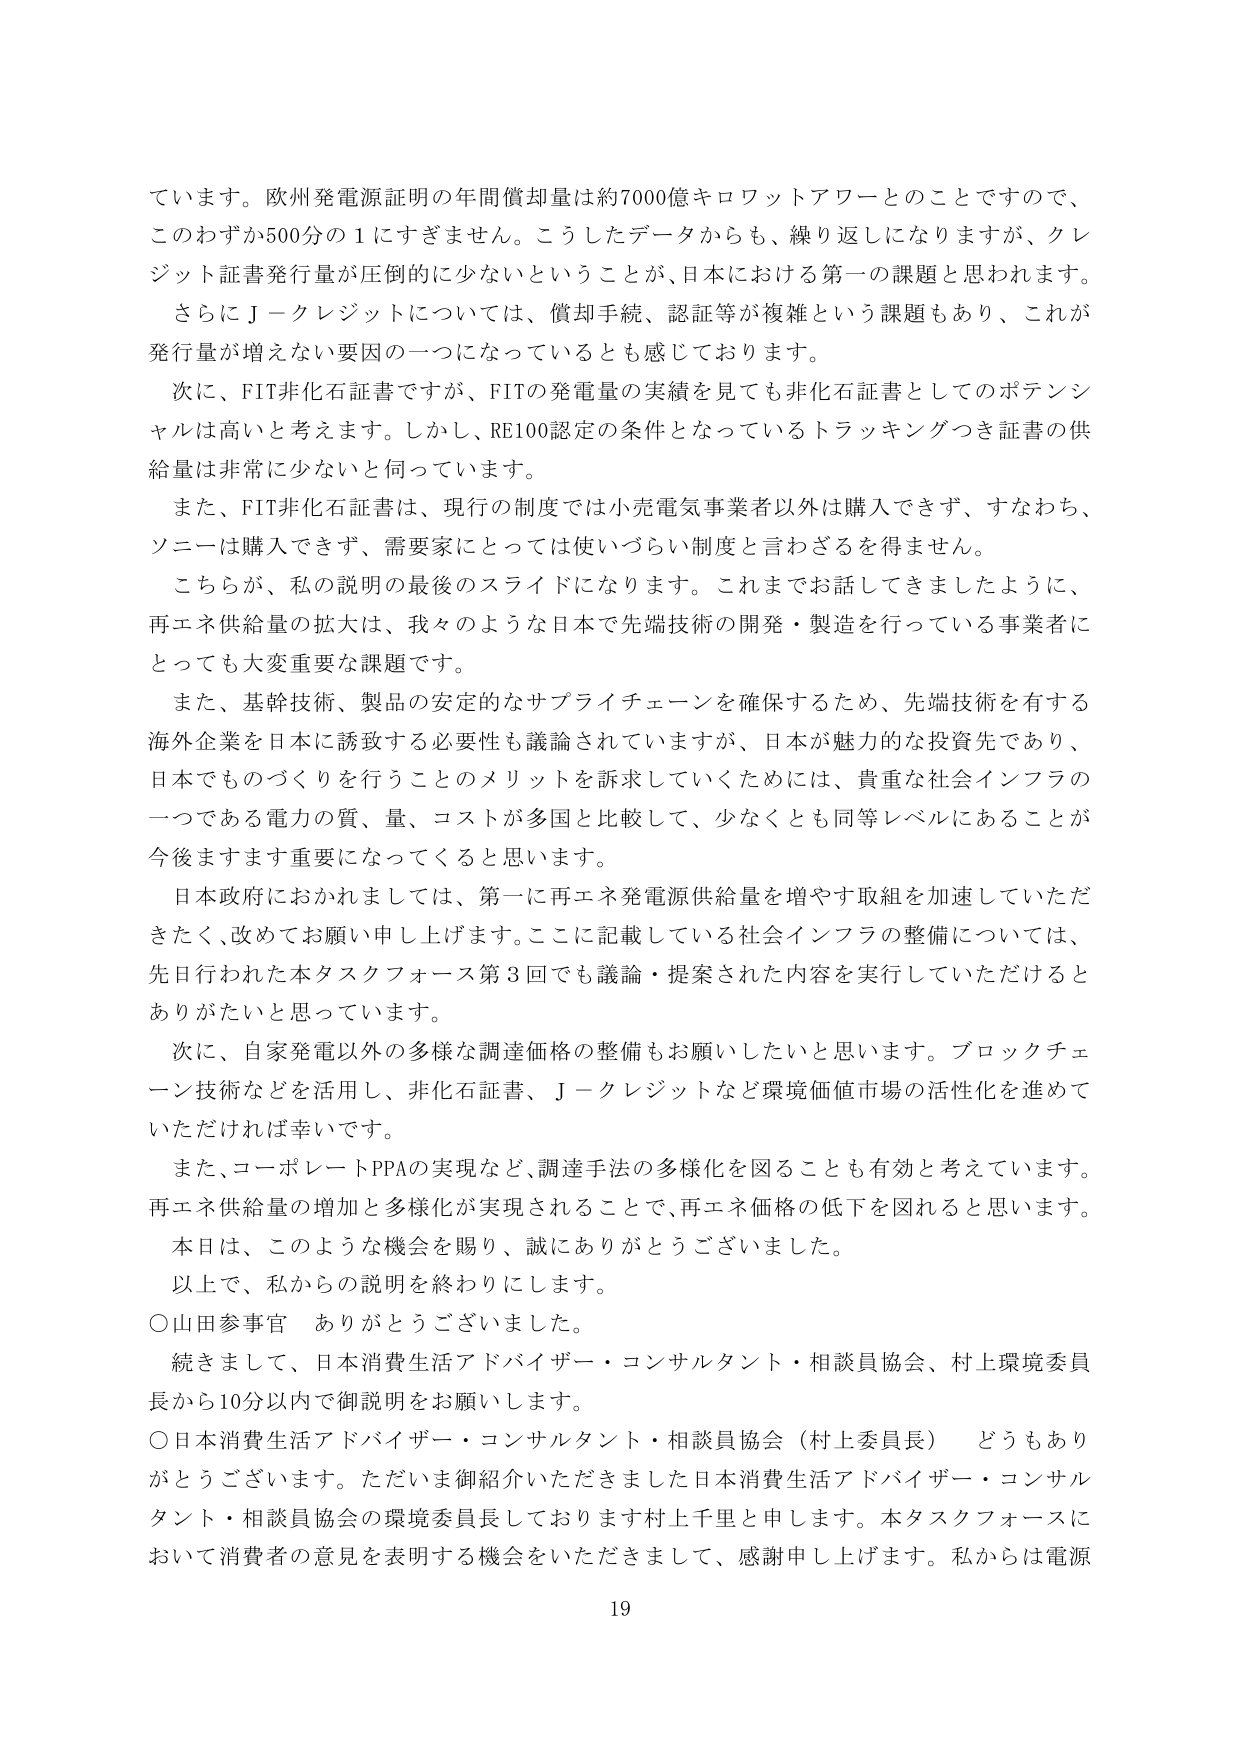
ています。欧州発電源証明の年間償却量は約7000億キロワットアワーとのことですので、
このわずか500分の1にすぎません。こうしたデータからも、繰り返しになりますが、クレ
ジット証書発行量が圧倒的に少ないということが、日本における第一の課題と思われます。
さらにＪ－クレジットについては、償却手続、認証等が複雑という課題もあり、これが
発行量が増えない要因の一つになっているとも感じております。
次に、FIT非化石証書ですが、FITの発電量の実績を見ても非化石証書としてのポテンシ
ャルは高いと考えます。しかし、RE100認定の条件となっているトラッキングつき証書の供
給量は非常に少ないと伺っています。
また、FIT非化石証書は、現行の制度では小売電気事業者以外は購入できず、すなわち、
ソニーは購入できず、需要家にとっては使いづらい制度と言わざるを得ません。
こちらが、私の説明の最後のスライドになります。これまでお話してきましたように、
再エネ供給量の拡大は、我々のような日本で先端技術の開発・製造を行っている事業者に
とっても大変重要な課題です。
また、基幹技術、製品の安定的なサプライチェーンを確保するため、先端技術を有する
海外企業を日本に誘致する必要性も議論されていますが、日本が魅力的な投資先であり、
日本でものづくりを行うことのメリットを訴求していくためには、貴重な社会インフラの
一つである電力の質、量、コストが多国と比較して、少なくとも同等レベルにあることが
今後ますます重要になってくると思います。
日本政府におかれましては、第一に再エネ発電源供給量を増やす取組を加速していただ
きたく、改めてお願い申し上げます。ここに記載している社会インフラの整備については、
先日行われた本タスクフォース第3回でも議論・提案された内容を実行していただけると
ありがたいと思っています。
次に、自家発電以外の多様な調達価格の整備もお願いしたいと思います。ブロックチェ
ーン技術などを活用し、非化石証書、Ｊ－クレジットなど環境価値市場の活性化を進めて
いただければ幸いです。
また、コーポレートPPAの実現など、調達手法の多様化を図ることも有効と考えています。
再エネ供給量の増加と多様化が実現されることで、再エネ価格の低下を図れると思います。
本日は、このような機会を賜り、誠にありがとうございました。
以上で、私からの説明を終わりにします。
○山田参事官　ありがとうございました。
続きまして、日本消費生活アドバイザー・コンサルタント・相談員協会、村上環境委員
長から10分以内で御説明をお願いします。
○日本消費生活アドバイザー・コンサルタント・相談員協会（村上委員長）　どうもあり
がとうございます。ただいま御紹介いただきました日本消費生活アドバイザー・コンサル
タント・相談員協会の環境委員長しております村上千里と申します。本タスクフォースに
おいて消費者の意見を表明する機会をいただきまして、感謝申し上げます。私からは電源
19